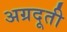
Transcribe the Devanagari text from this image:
अग्रदूती